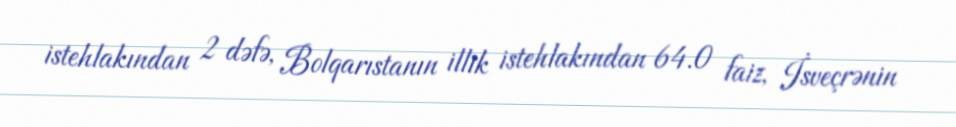
istehlakından 2 dəfə, Bolqarıstanın illik istehlakından 64.0 faiz, İsveçrənin